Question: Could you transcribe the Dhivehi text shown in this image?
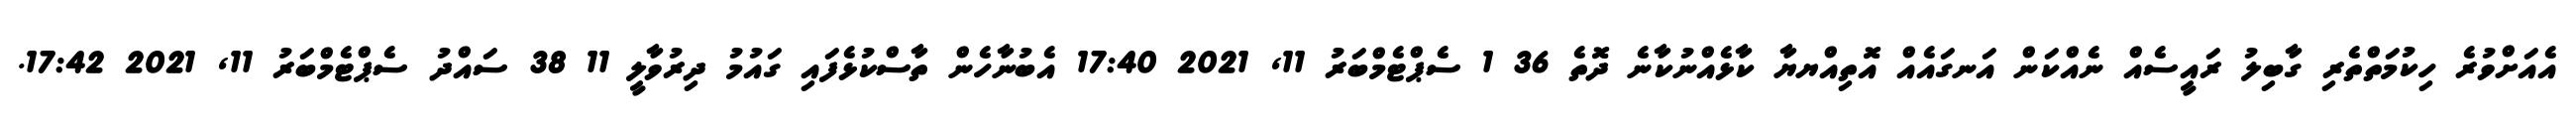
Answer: އެއަށްވުރެ ހިކުމަތްތެރި ގާބިލު ރައީސެއް ނެއްކަން އަނގައެއް އޮތިއްޔޔާ ކާޅެއްނުކާނެ ދޮތެ 36 1 ސެޕްޓެމްބަރު 11, 2021 17:40 އެބުނާހެން ތާސްކުޅެފައި ގައުމު ދިރުވާލީ 11 38 ސައްދު ސެޕްޓެމްބަރު 11, 2021 17:42.